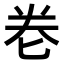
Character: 𭅑